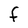
Character: F